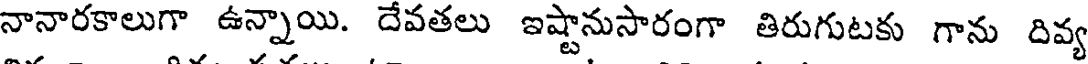
నానారకాలుగా ఉన్నాయి. దేవతలు ఇష్టానుసారంగా తిరుగుటకు గాను దివ్య